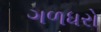
ગળધરો